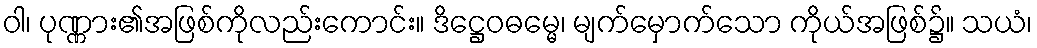
ဝါ၊ ပုဏ္ဏား၏အဖြစ်ကိုလည်းကောင်း။ ဒိဋ္ဌေဝဓမ္မေ၊ မျက်မှောက်သော ကိုယ်အဖြစ်၌။ သယံ၊